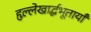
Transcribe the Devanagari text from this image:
हृल्लेखार्द्धभूतायाँ